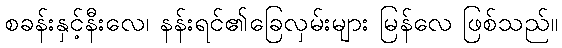
စခန်းနှင့်နီးလေ၊ နန်းရင်၏ခြေလှမ်းများ မြန်လေ ဖြစ်သည်။